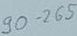
Text: 90 -265